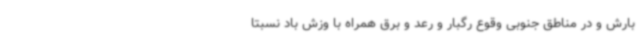
بارش و در مناطق جنوبی وقوع رگبار و رعد و برق همراه با وزش باد نسبتاً